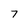
Character: 7